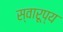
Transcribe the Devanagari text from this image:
स्वारूप्य